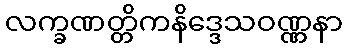
လက္ခဏတ္တိကနိဒ္ဒေသဝဏ္ဏနာ